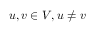
u , v \in V , u \neq v